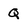
Character: Q